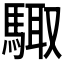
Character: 𮪊